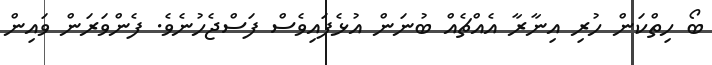
ބޯ ހިތްކަން ހުރި އިނާރާ އެއްޗެއް ބުނަން އުޅެފައިވެސް ފަސްޖެހުނެވެ. ފެންވަރަން ވައިން